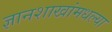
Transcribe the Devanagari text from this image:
ज्ञानशाखांमधल्या